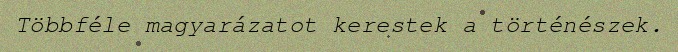
Többféle magyarázatot kerestek a történészek.